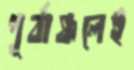
পূর্বাঞ্চলেই